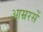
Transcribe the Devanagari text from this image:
आम्ररसें